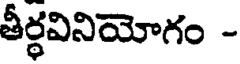
తీర్థవినియోగం -